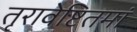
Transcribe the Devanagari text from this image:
तृरावेष्टितमां